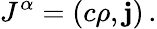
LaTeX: J^{\alpha}=(c\rho,\mathbf{j})\, .